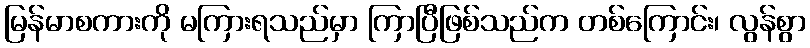
မြန်မာစကားကို မကြားရသည်မှာ ကြာပြီဖြစ်သည်က တစ်ကြောင်း၊ လွန်စွာ